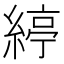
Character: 𦂃